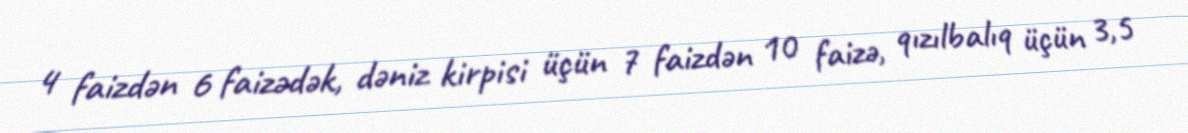
4 faizdən 6 faizədək, dəniz kirpisi üçün 7 faizdən 10 faizə, qızılbalıq üçün 3,5